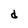
Character: d